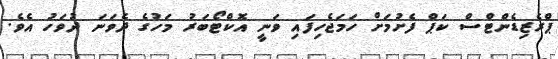
ޕްރެޒިޑެންޓްސް ކަޕް ފެށުމަށް ހަމަޖެހިފައި ވަނީ އޮކްޓޯބަރު މަހުގެ ދެވަނަ ދުވަހު އެވެ.